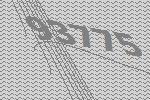
93775